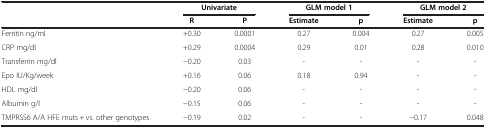
|  | <COLSPAN=2> Univariate | <COLSPAN=2> GLM model 1 | <COLSPAN=2> GLM model 2 |
 |  | R | P | Estimate | p | Estimate | p |
 | --- | --- | --- | --- | --- | --- | --- |
 | Ferritin ng/ml | +0.30 | 0.0001 | 0.27 | 0.004 | 0.27 | 0.005 |
 | CRP mg/dl | +0.29 | 0.0004 | 0.29 | 0.01 | 0.28 | 0.010 |
 | Transferrin mg/dl | −0.20 | 0.03 | - | - | - | - |
 | Epo IU/Kg/week | +0.16 | 0.06 | 0.18 | 0.94 | - | - |
 | HDL mg/dl | −0.20 | 0.06 | - | - | - | - |
 | Albumin g/l | −0.15 | 0.06 | - | - | - | - |
 | TMPRSS6 A/A HFE muts + vs. other genotypes | −0.19 | 0.02 | - | - | −0.17 | 0.048 |